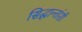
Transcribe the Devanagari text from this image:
सिद्धान्तांशी